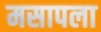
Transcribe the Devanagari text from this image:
मसापला